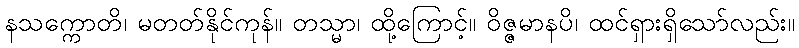
နသက္ကောတိ၊ မတတ်နိုင်ကုန်။ တသ္မာ၊ ထို့ကြောင့်။ ဝိဇ္ဇမာနပိ၊ ထင်ရှားရှိသော်လည်း။